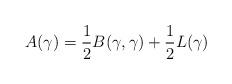
LaTeX: \begin{align*}A(\gamma)=\frac{1}{2}B(\gamma,\gamma)+\frac{1}{2}L(\gamma)\end{align*}